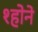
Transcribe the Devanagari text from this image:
श्होने